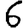
Digit: 6